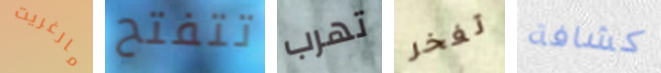
مارغريت تتفتح تهرب تفخر كشافة